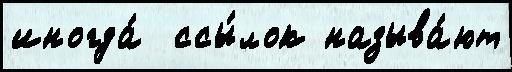
иногда́  ссы́лок называ́ют